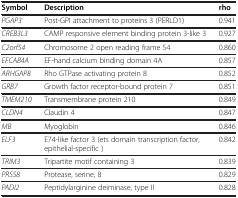
| Symbol | Description | rho |
 | --- | --- | --- |
 | PGAP3 | Post-GPI attachment to proteins 3 (PERLD1) | 0.941 |
 | CREB3L3 | CAMP responsive element binding protein 3-like 3 | 0.927 |
 | C2orf54 | Chromosome 2 open reading frame 54 | 0.860 |
 | EFCAB4A | EF-hand calcium binding domain 4A | 0.857 |
 | ARHGAP8 | Rho GTPase activating protein 8 | 0.852 |
 | GRB7 | Growth factor receptor-bound protein 7 | 0.851 |
 | TMEM210 | Transmembrane protein 210 | 0.849 |
 | CLDN4 | Claudin 4 | 0.847 |
 | MB | Myoglobin | 0.846 |
 | ELF3 | E74-like factor 3 (ets domain transcription factor, epithelial-specific ) | 0.842 |
 | TRIM3 | Tripartite motif containing 3 | 0.839 |
 | PRSS8 | Protease, serine, 8 | 0.829 |
 | PADI2 | Peptidylarginine deiminase, type II | 0.828 |